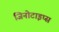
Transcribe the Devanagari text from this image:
जिनोटाइप्स